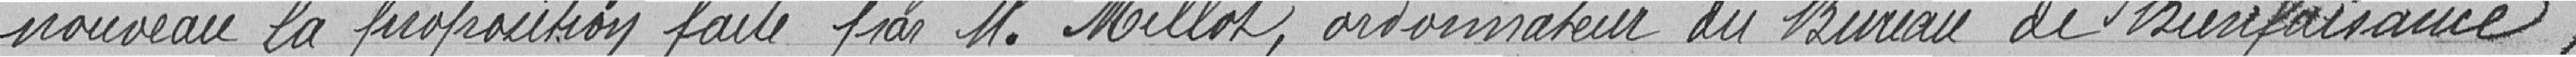
nouveau la proposition faite par Monsiuer Millot, ordonnateur du Bureau de Bienfaisance,